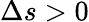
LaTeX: \Delta s>0